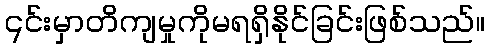
၎င်းမှာတိကျမှုကိုမရရှိနိုင်ခြင်းဖြစ်သည်။